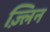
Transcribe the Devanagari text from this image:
ज़्लिन